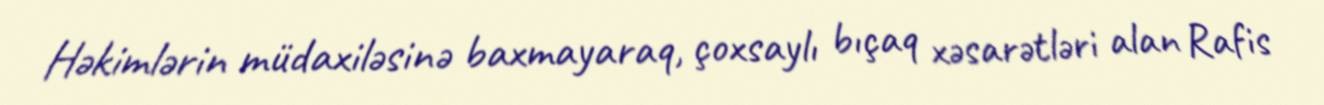
Həkimlərin müdaxiləsinə baxmayaraq, çoxsaylı bıçaq xəsarətləri alan Rafis